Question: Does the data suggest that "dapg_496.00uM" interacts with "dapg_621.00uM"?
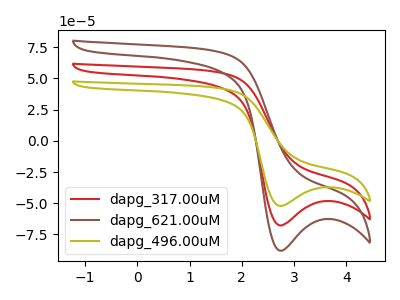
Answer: <think>The red curve "dapg_317.00uM" has a cathodic peak at: (2.75V, -67.80uA). The brown curve "dapg_621.00uM" has a cathodic peak at: (2.75V, -135.65uA). The olive curve "dapg_496.00uM" has a cathodic peak at: (2.75V, -52.20uA).
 All the peaks in "dapg_496.00uM" have a peak in "dapg_621.00uM" at the same potential. Every peak in "dapg_496.00uM" is lower than every peak in "dapg_621.00uM".</think>
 <answer>No, "dapg_496.00uM" and "dapg_621.00uM" don't appear to be significantly different in shape</answer>
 <eval>no_change</eval>